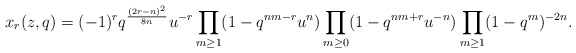
\begin{align*}x_r(z,q)=(-1)^r q^{\frac{(2r-n)^2}{8n}} u^{-r}\prod_{m \geq 1}(1-q^{nm-r}u^n)\prod_{m \geq 0}(1-q^{nm+r}u^{-n})\prod_{m \geq 1}(1-q^{m})^{-2n}.\end{align*}